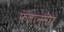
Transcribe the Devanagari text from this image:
फलानुसार